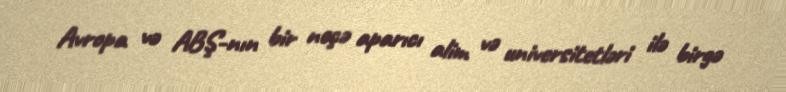
Avropa və ABŞ-nın bir neçə aparıcı alim və universitetləri ilə birgə